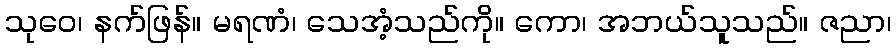
သုဝေ၊ နက်ဖြန်။ မရဏံ၊ သေအံ့သည်ကို။ ကော၊ အဘယ်သူသည်။ ဇညာ၊